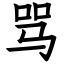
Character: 骂